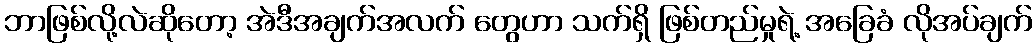
ဘာဖြစ်လို့လဲဆိုတော့ အဲဒီအချက်အလက် တွေဟာ သက်ရှိ ဖြစ်တည်မှုရဲ့ အခြေခံ လိုအပ်ချက်